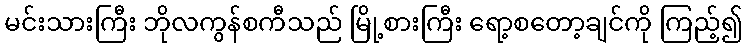
မင်းသားကြီး ဘိုလကွန်စကီသည် မြို့စားကြီး ရော့စတော့ချင်ကို ကြည့်၍